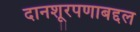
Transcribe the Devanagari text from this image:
दानशूरपणाबद्दल